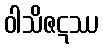
ဝါသိဇဋဿ